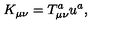
K _ { \mu \nu } = T _ { \mu \nu } ^ { a } u ^ { a } ,